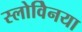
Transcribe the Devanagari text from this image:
स्लोवेिनया